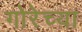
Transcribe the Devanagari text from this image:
गोरेच्या